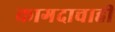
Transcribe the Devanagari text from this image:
कागदाचाही